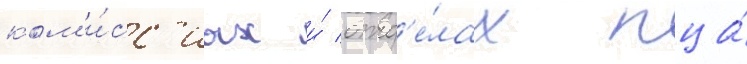
ком'и́сс'иах и́ отд'е́лах пца́